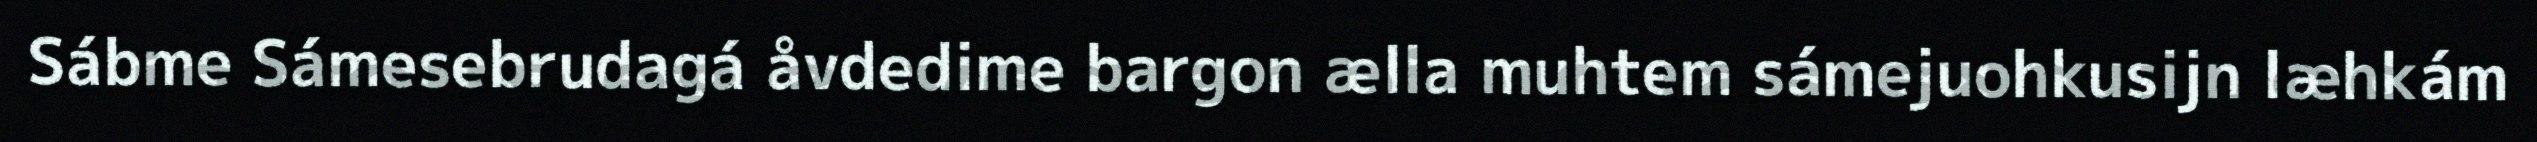
Sábme Sámesebrudagá åvdedime bargon ælla muhtem sámejuohkusijn læhkám